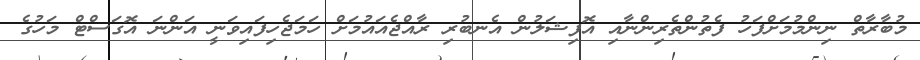
މުބާރާތް ނިންމުމަށްފަހު ފެތުންތެރިންނާއި އޮފިޝަލުން އެނބުރި ރާއްޖެއައުމަށް ހަމަޖެހިފައިވަނީ އަންނަ އޮގަސްޓް މަހުގެ